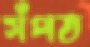
সঁপত